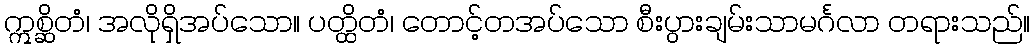
ဣစ္ဆိတံ၊ အလိုရှိအပ်သော။ ပတ္ထိတံ၊ တောင့်တအပ်သော စီးပွားချမ်းသာမင်္ဂလာ တရားသည်။